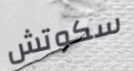
سكوتش